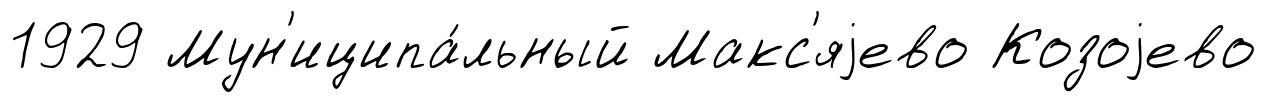
1929 Мун'иципа́льный Макс'яjево Козоjево